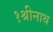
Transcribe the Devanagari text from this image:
१श्रीनाथ